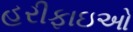
હરીફાઇઓ